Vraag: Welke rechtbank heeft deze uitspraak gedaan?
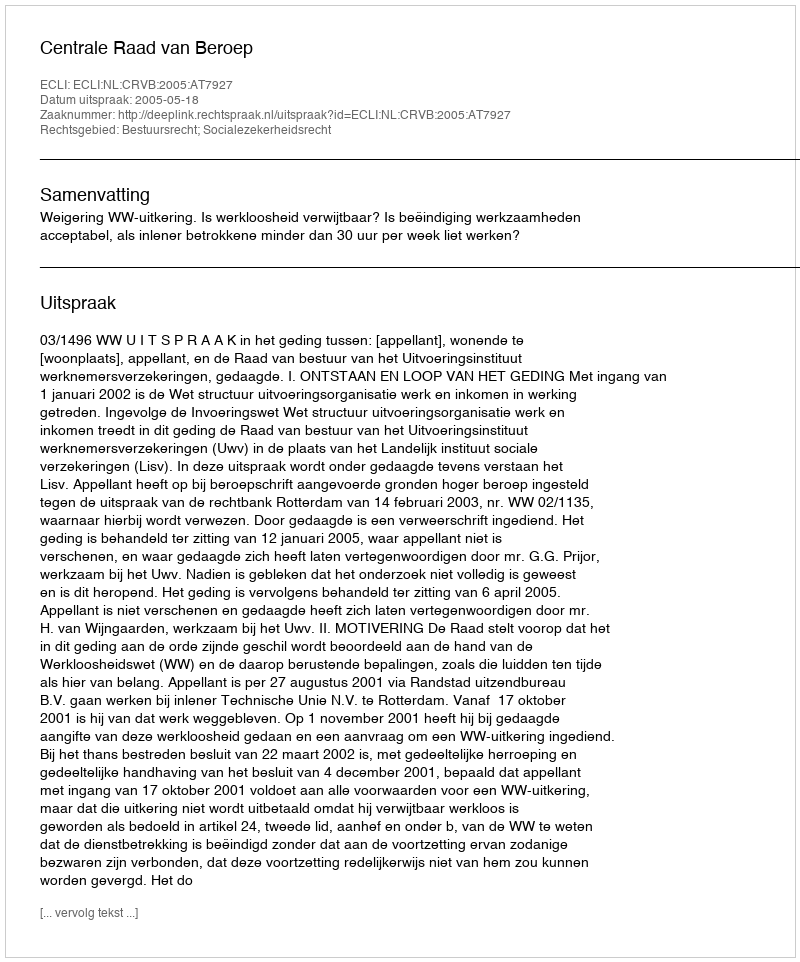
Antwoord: Centrale Raad van Beroep